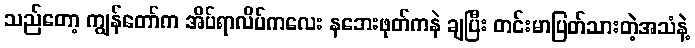
သည်တော့ ကျွန်တော်က အိပ်ရာလိပ်ကလေး နဘေးဖုတ်ကနဲ ချပြီး တင်းမာပြတ်သားတဲ့အသံနဲ့